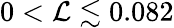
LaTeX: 0<\mathcal{L}\lesssim0.082